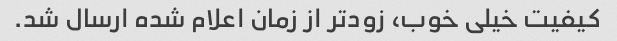
کیفیت خیلی خوب، زودتر از زمان اعلام شده ارسال شد.